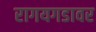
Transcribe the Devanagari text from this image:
रागयगडावर